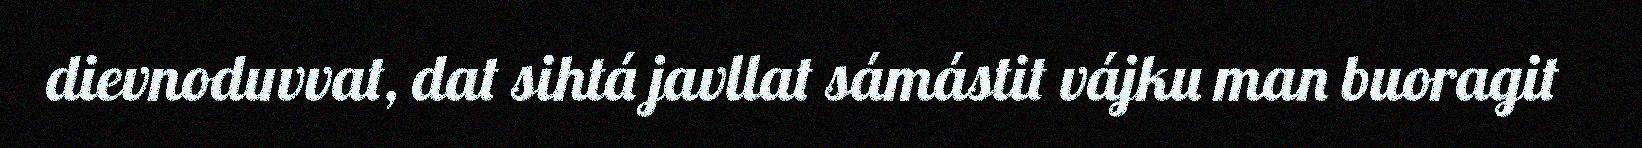
dievnoduvvat, dat sihtá javllat sámástit vájku man buoragit